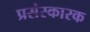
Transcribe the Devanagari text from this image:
प्रसंस्कारक